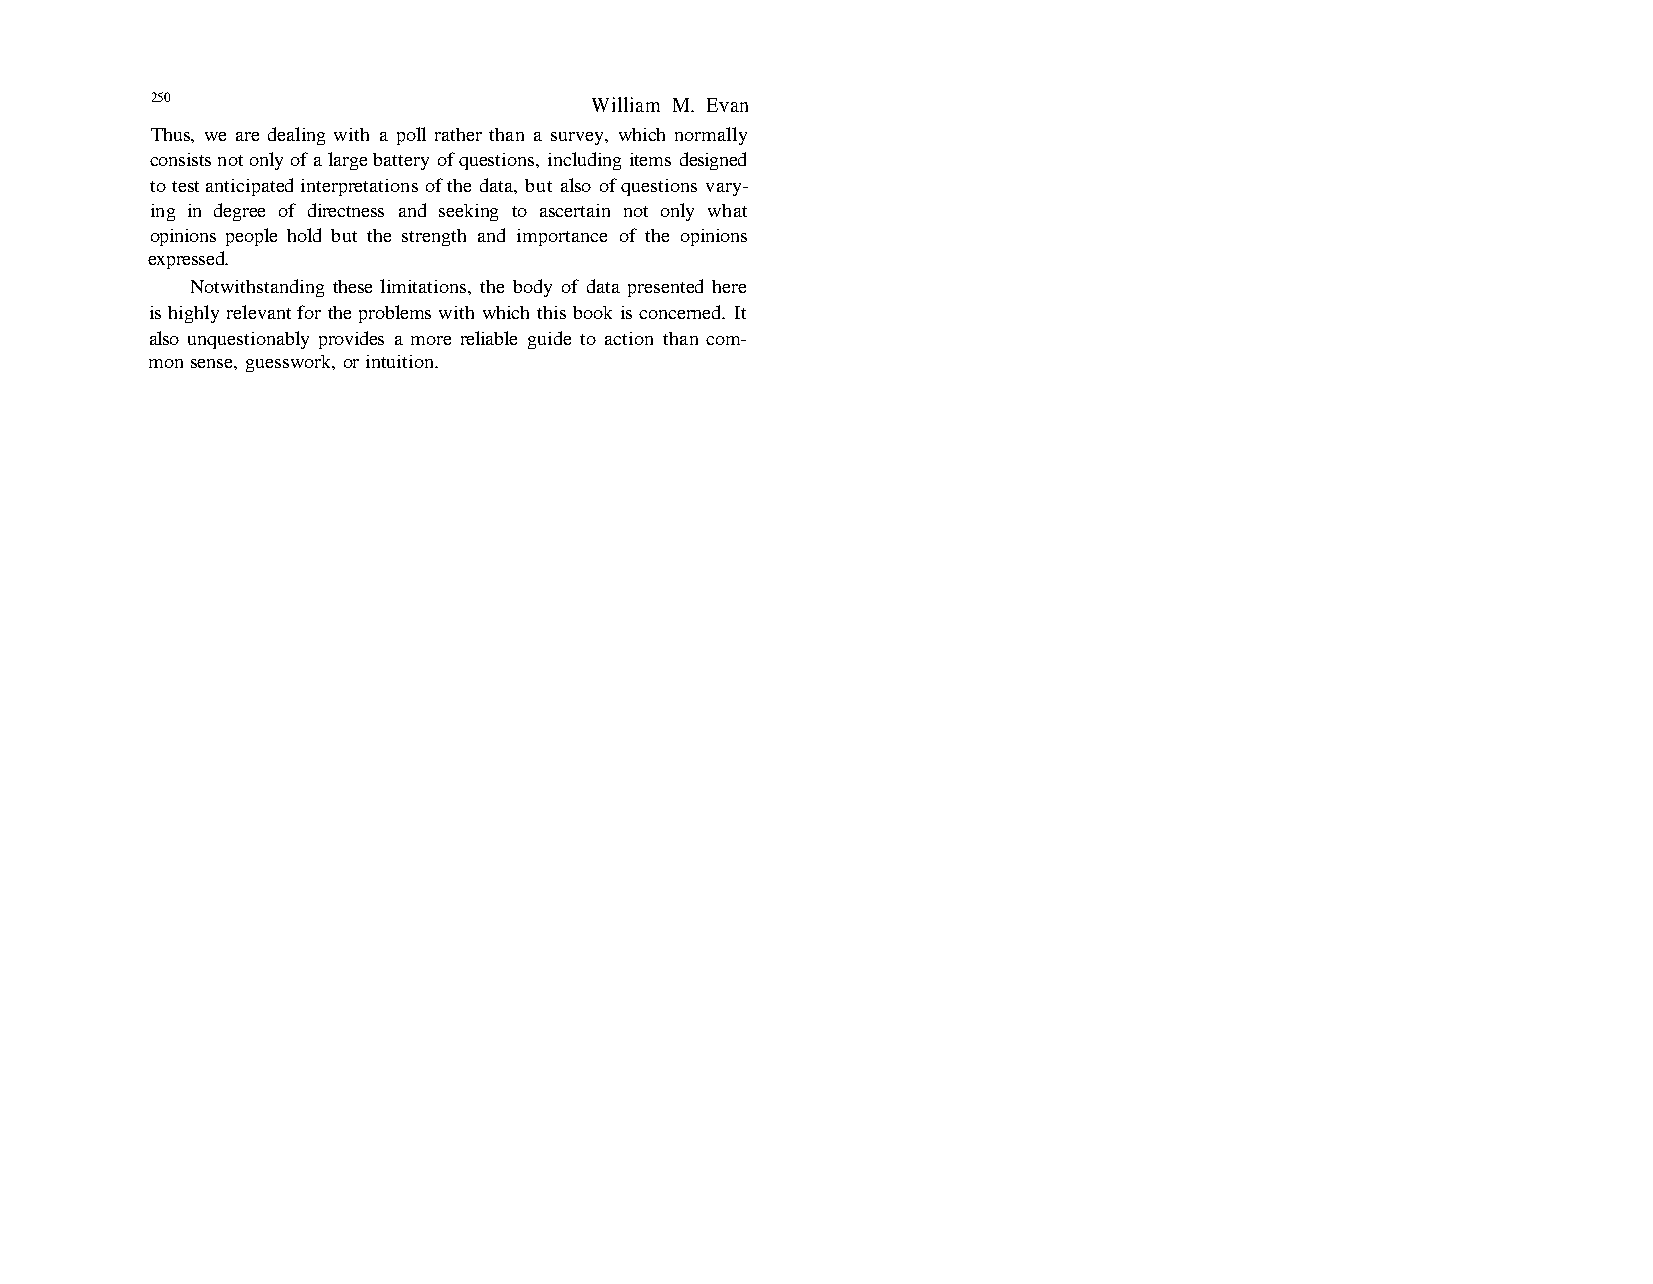
250                          William M. Evan
 Thus, we are dealing with a poll rather than a survey, which normally
 consists not only of a large battery of questions, including items designed
 to test anticipated interpretations of the data, but also of questions vary-
 ing in degree of directness and seeking to ascertain not only what
 opinions people hold but the strength and importance of the opinions
 expressed.
 Notwithstanding these limitations, the body of data presented here
 is highly relevant for the problems with which this book is concerned. It
 also unquestionably provides a more reliable guide to action than com-
 mon sense, guesswork, or intuition.